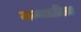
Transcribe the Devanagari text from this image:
जन्मलीला